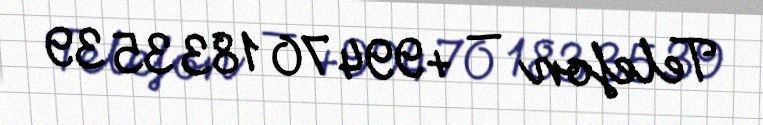
Telefon — +994 70 183 35 39